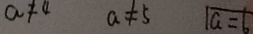
a \neq 4 a \neq 5 \sqrt { a = 6 }